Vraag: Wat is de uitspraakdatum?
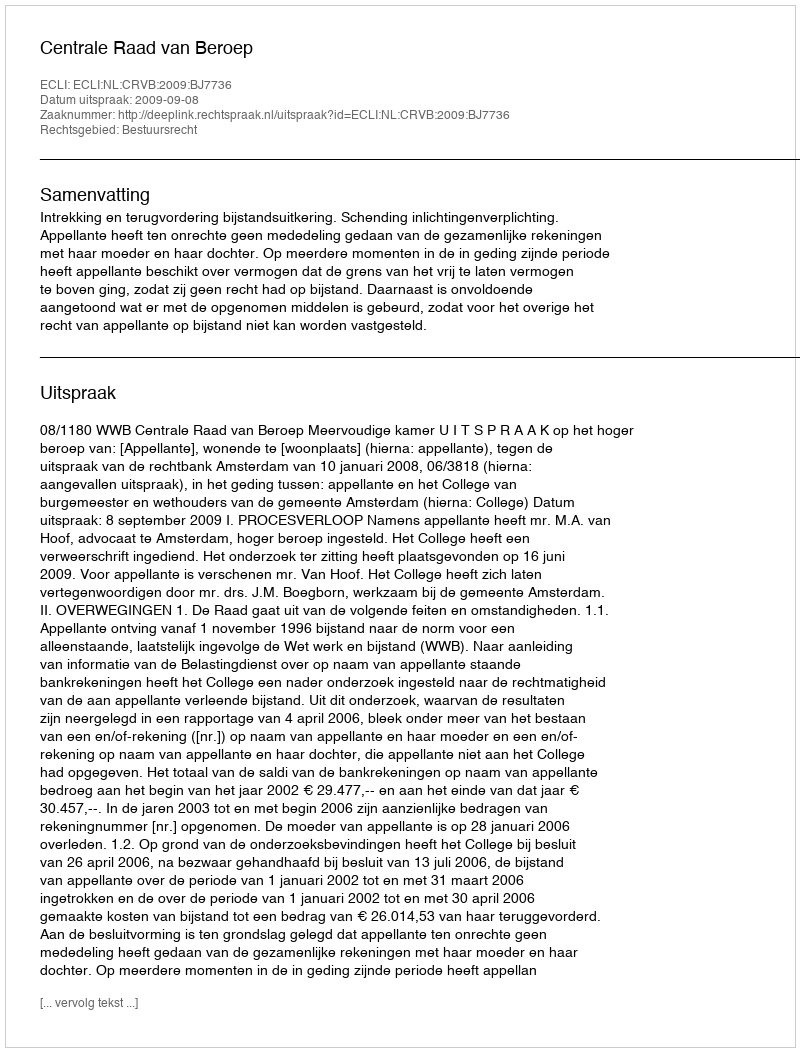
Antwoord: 2009-09-08